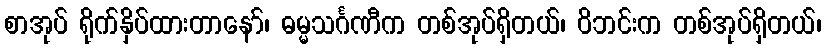
စာအုပ် ရိုက်နှိပ်ထားတာနော်၊ ဓမ္မသင်္ဂဏီက တစ်အုပ်ရှိတယ်၊ ဝိဘင်းက တစ်အုပ်ရှိတယ်၊